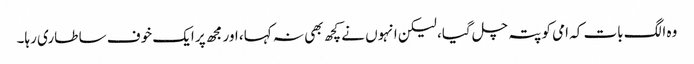
وہ الگ بات کہ امی کو پتہ چل گیا، لیکن انہوں نے کچھ بھی نہ کہا، اور مجھ پر ایک خوف سا طاری رہا۔